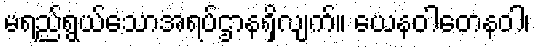
မရည်ရွယ်သောအရပ်ဌာနရှိလျက်။ ယေနဝါတေနဝါ၊